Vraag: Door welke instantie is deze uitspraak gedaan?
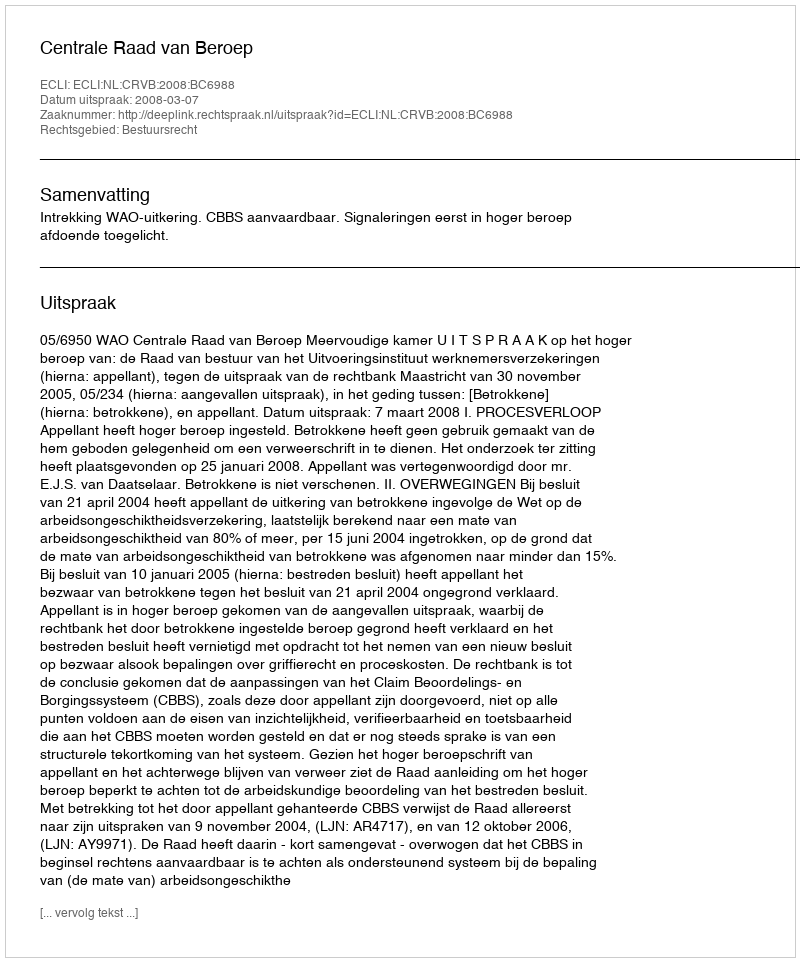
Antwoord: Centrale Raad van Beroep